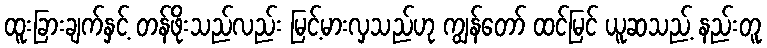
ထူးခြားချက်နှင့် တန်ဖိုးသည်လည်း မြင့်မားလှသည်ဟု ကျွန်တော် ထင်မြင် ယူဆသည့် နည်းတူ